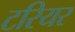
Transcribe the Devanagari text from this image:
टरियर